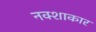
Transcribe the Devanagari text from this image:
नक्शाकार